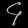
Digit: ၄